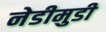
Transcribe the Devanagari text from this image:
नेडीमुडी